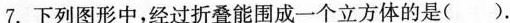
7.下列图形中，经过折叠能围成一个立方体的是().